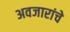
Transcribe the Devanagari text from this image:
अवजारांचे